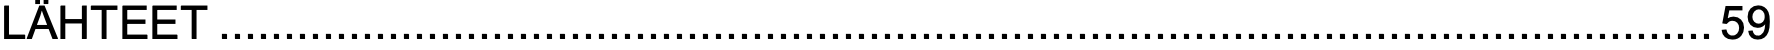
LÄHTEET...................................................................................................................59